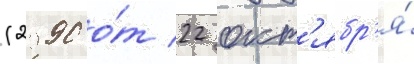
(2990 о́т 22 окт'ябр'я́